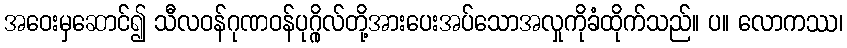
အဝေးမှဆောင်၍ သီလဝန်ဂုဏဝန်ပုဂ္ဂိုလ်တို့အားပေးအပ်သောအလှုကိုခံထိုက်သည်။ ပ။ လောကဿ၊